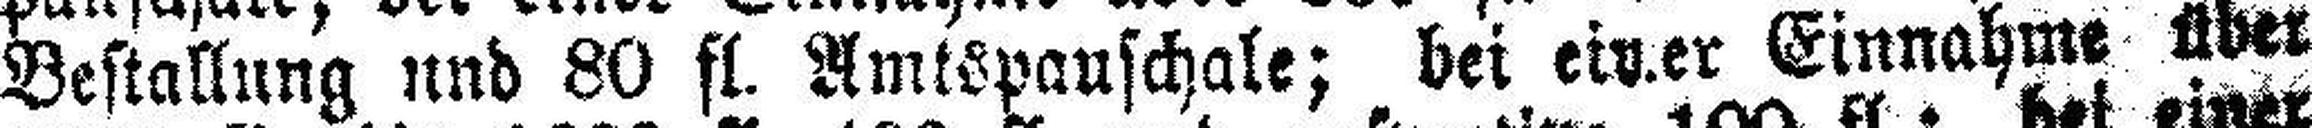
Bestallung und 80 fl. Amtspauschale; bei einer Einnahme über